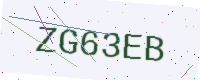
Text: ZG63EB